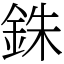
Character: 銖